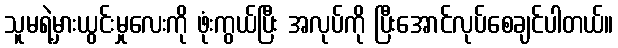
သူမရဲ့မှားယွင်းမှုလေးကို ဖုံးကွယ်ပြီး အလုပ်ကို ပြီးအောင်လုပ်စေချင်ပါတယ်။